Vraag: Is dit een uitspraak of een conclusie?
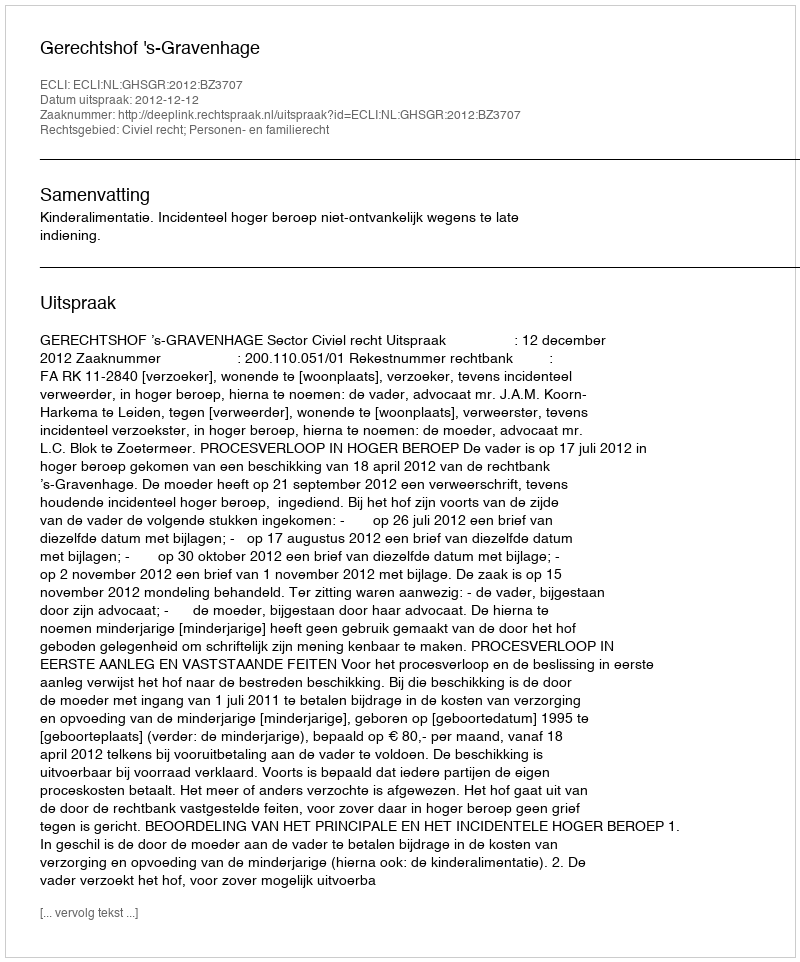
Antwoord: Uitspraak